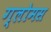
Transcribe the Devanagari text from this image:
ग्लोमस